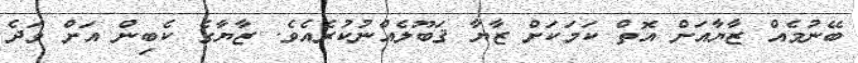
ބޭނުމެއް ޒާޔާއަށް އޮތް ކަމަކަށް ޒާޔާ ޤަބޫލެއްނުކުރެއެވެ. ޒާޔާގެ ކެބިން އަށް ވަދެ